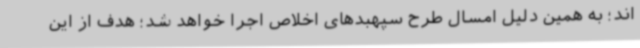
اند؛ به همین دلیل امسال طرح سپهبدهای اخلاص اجرا خواهد شد؛ هدف از این